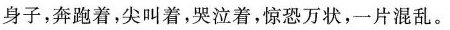
身子，奔跑着，尖叫着，哭泣着，惊恐万状，一片混乱。